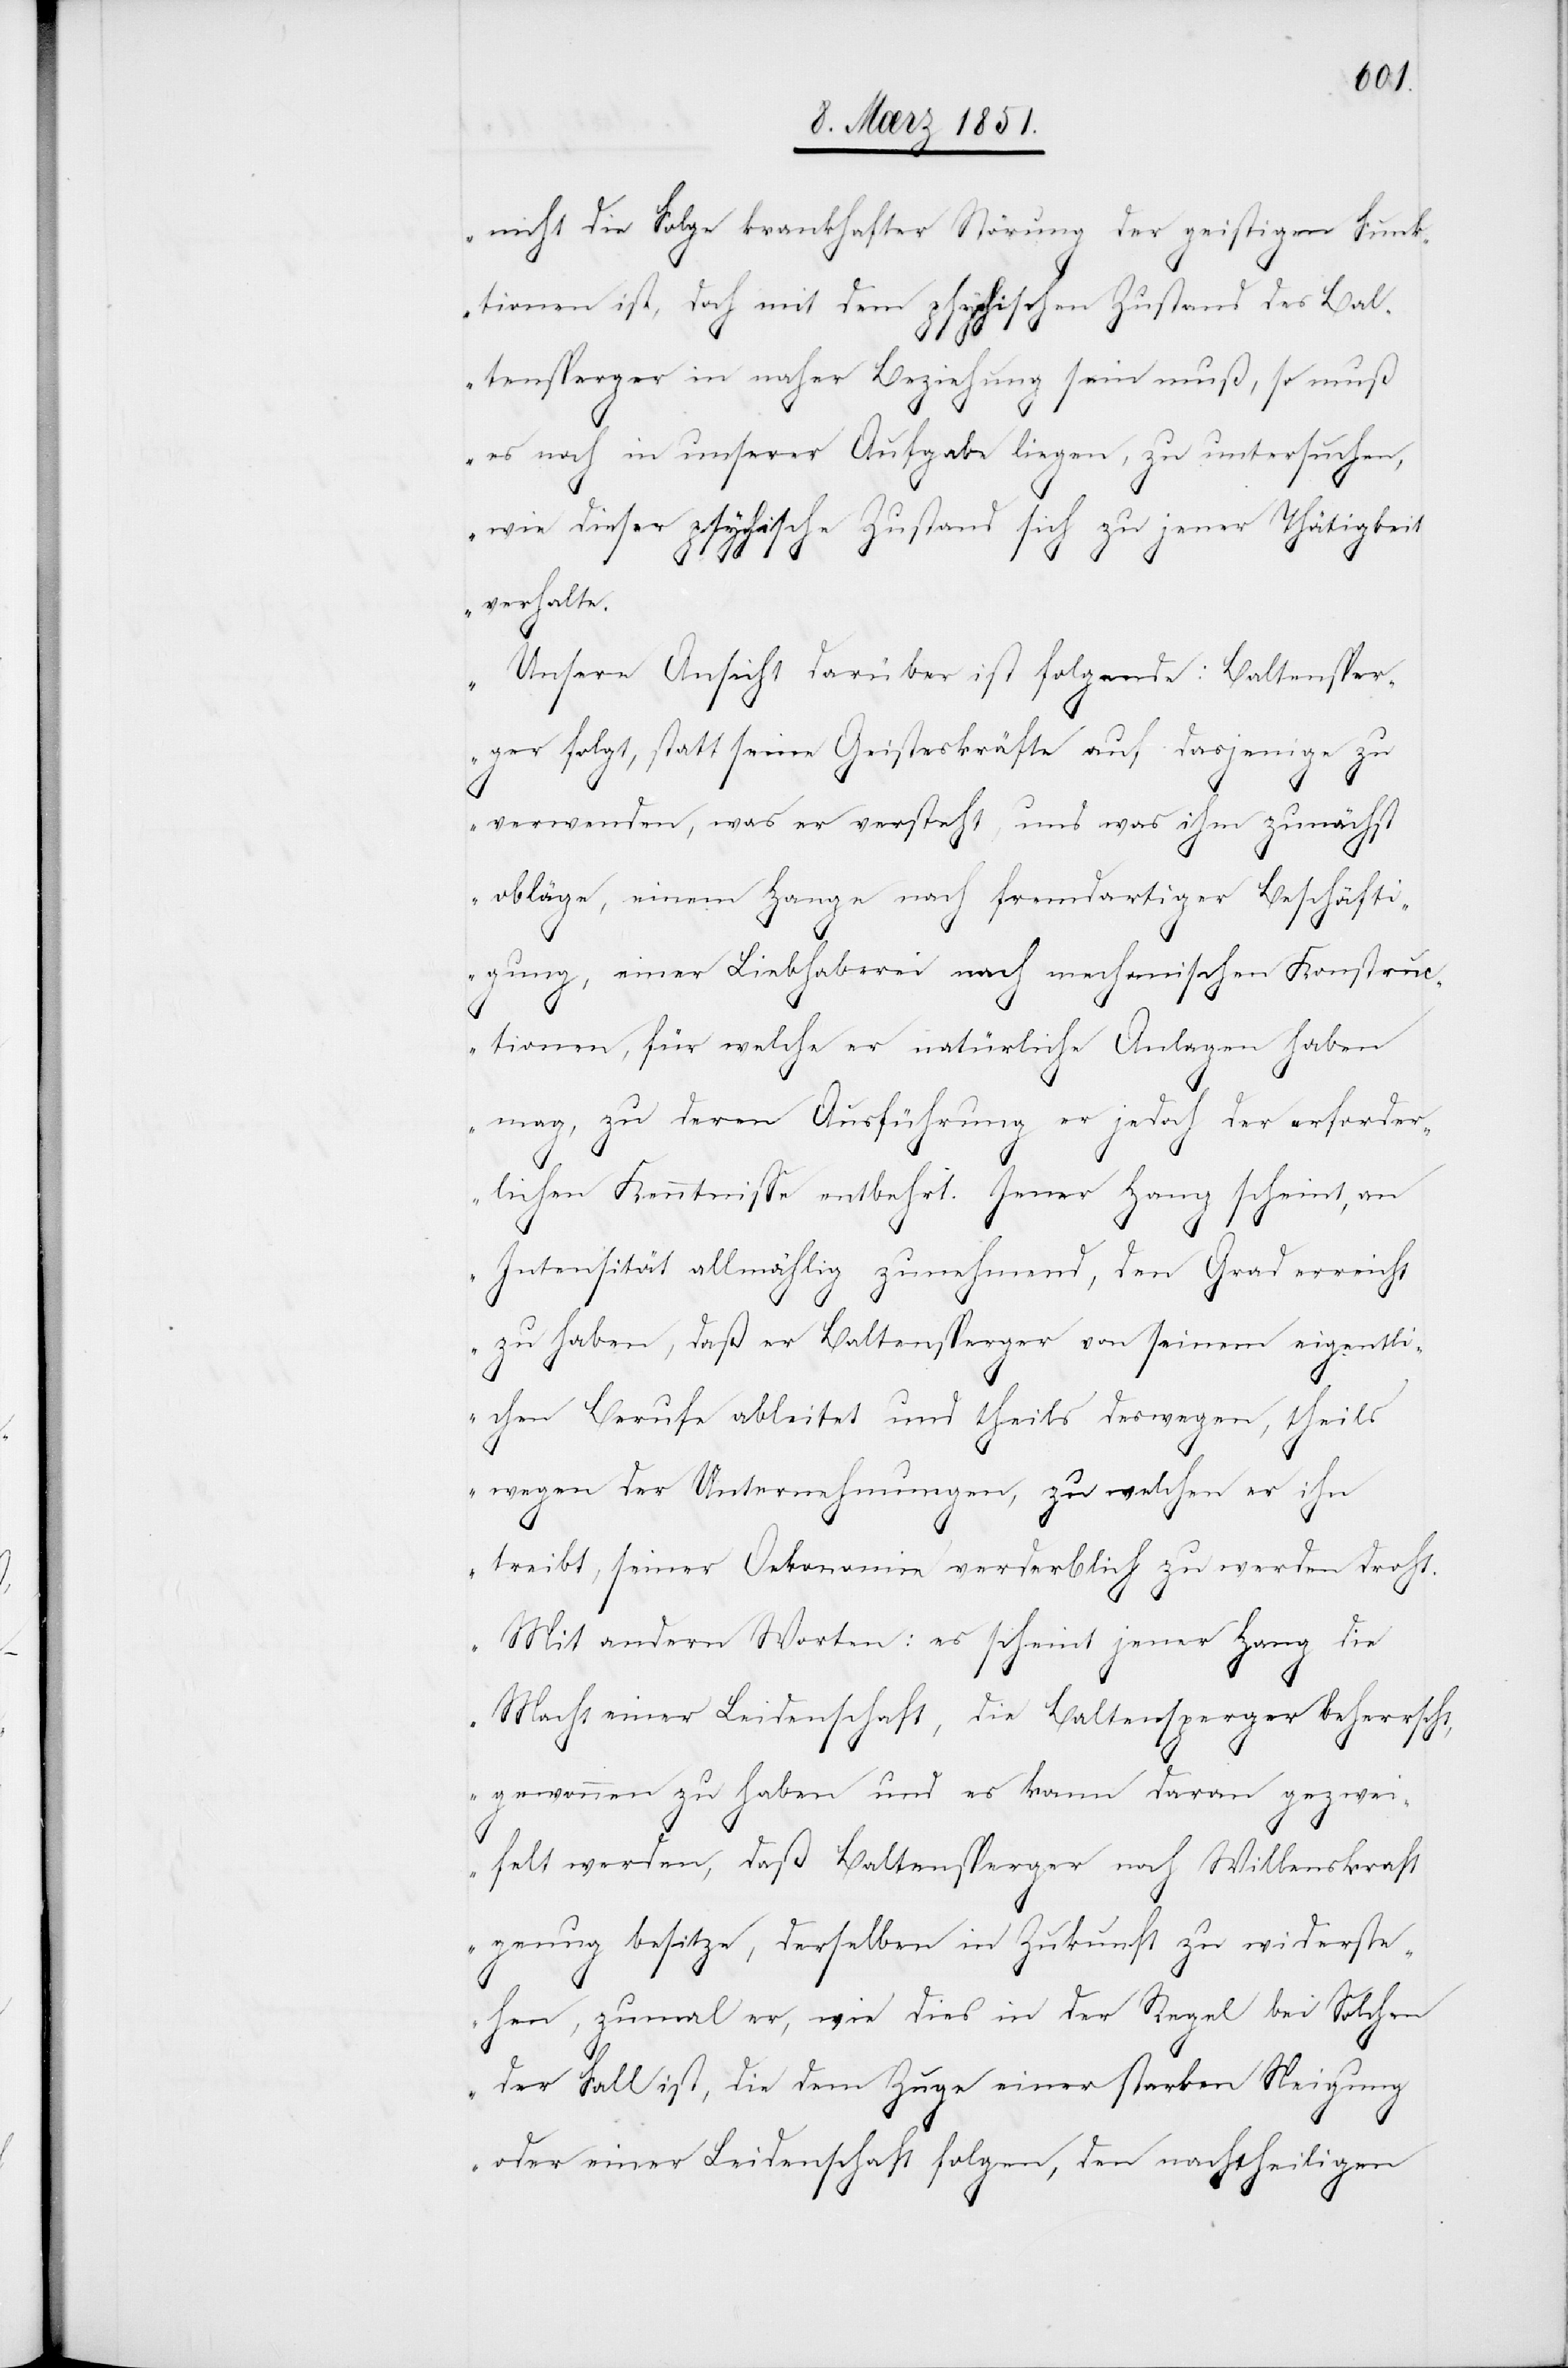
nicht die Folge krankhafter Störung der geistigen Funk¬
tionen ist, doch mit dem psychischen Zustand des Bal¬
tensperger in naher Beziehung sein muß, so muß
es noch in unserer Aufgabe liegen, zu untersuchen,
wie dieser psychische Zustand sich zu jener Thätigkeit
verhalte.
Unsere Ansicht darüber ist folgende: Baltensper¬
ger folgt, statt seine Geisteskräfte auf dasjenige zu
verwenden, was er versteht, und was ihm zunächst
obläge, einem Hange nach fremdartiger Beschäfti¬
gung, einer Liebhaberei nach mechanischen Konstruc¬
tionen, für welche er natürliche Anlagen haben
mag, zu deren Ausführung er jedoch der erforder¬
lichen Kenntnisse entbehrt. Jener Hang scheint, an
Intensität allmählig zunehmend, den Grad erreicht
zu haben, daß er Baltensperger von seinem eigentl¬
ichen Berufe ableitet und theils deswegen, theils
wegen der Unternehmungen, zu welchen er ihn
treibt, seiner Oekonomie verderblich zu werden droht.
Mit andern Worten: es scheint jener Hang die
Macht einer Leidenschaft, die Baltensperger beherrscht,
gewonnen zu haben und es kann daran gezwei¬
felt werden, daß Baltensperger noch Willenskraft
genug besitze, derselben in Zukunft zu widerste¬
hen, zumal er, wie dies in der Regel bei Solchen
der Fall ist, die dem Zuge einer starken Neigung
oder einer Leidenschaft folgen, den nachtheiligen